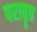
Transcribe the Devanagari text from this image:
परावॄत्त